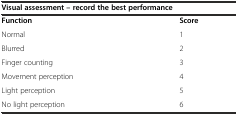
<table><thead><tr><td colspan="2"><b>Visual assessment – record the best performance</b></td></tr></thead><tbody><tr><td><b>Function</b></td><td><b>Score</b></td></tr><tr><td>Normal</td><td>1</td></tr><tr><td>Blurred</td><td>2</td></tr><tr><td>Finger counting</td><td>3</td></tr><tr><td>Movement perception</td><td>4</td></tr><tr><td>Light perception</td><td>5</td></tr><tr><td>No light perception</td><td>6</td></tr></tbody></table>